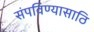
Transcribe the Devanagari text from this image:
संपविण्यासाठि